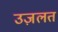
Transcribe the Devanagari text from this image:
उज़लत